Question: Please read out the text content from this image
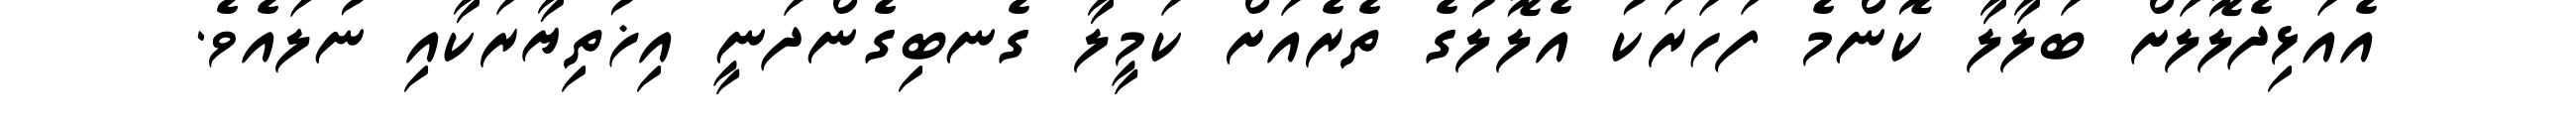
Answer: އެއަޅިދެލޮލަށް ބަލާލާ ކޮންމެ ފަހަރަކު އެލޮލުގެ ތެރެއަށް ކަމީލާ ގެނބިގެންދަނީ އިޚުތިޔާރަކާއި ނުލައެވެ.